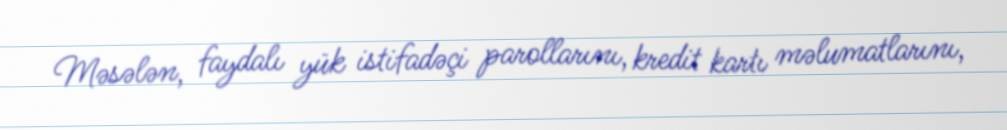
Məsələn, faydalı yük istifadəçi parollarını, kredit kartı məlumatlarını,